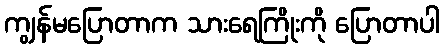
ကျွန်မပြောတာက သားရေကြိုးကို ပြောတာပါ